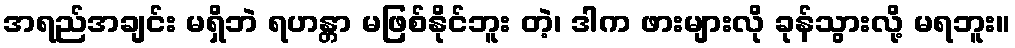
အရည်အချင်း မရှိဘဲ ရဟန္တာ မဖြစ်နိုင်ဘူး တဲ့၊ ဒါက ဖားများလို ခုန်သွားလို့ မရဘူး။